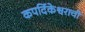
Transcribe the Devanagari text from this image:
कपर्दिकेश्वराची